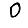
Digit: 0